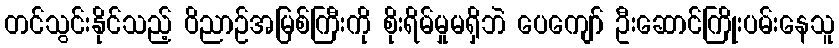
တင်သွင်းနိုင်သည့် ဝိညာဉ်အမြစ်ကြီးကို စိုးရိမ်မှုမရှိဘဲ ပေကျော် ဦးဆောင်ကြိုးပမ်းနေသူ